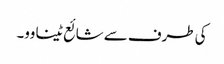
کی طرف سے شائع ٹینا وو۔